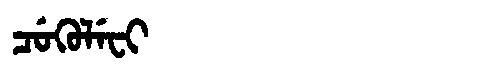
Manchu: ᠴᡠᡴᡠᠯᡝᠸᡳ
Romanization: CUKULEFI